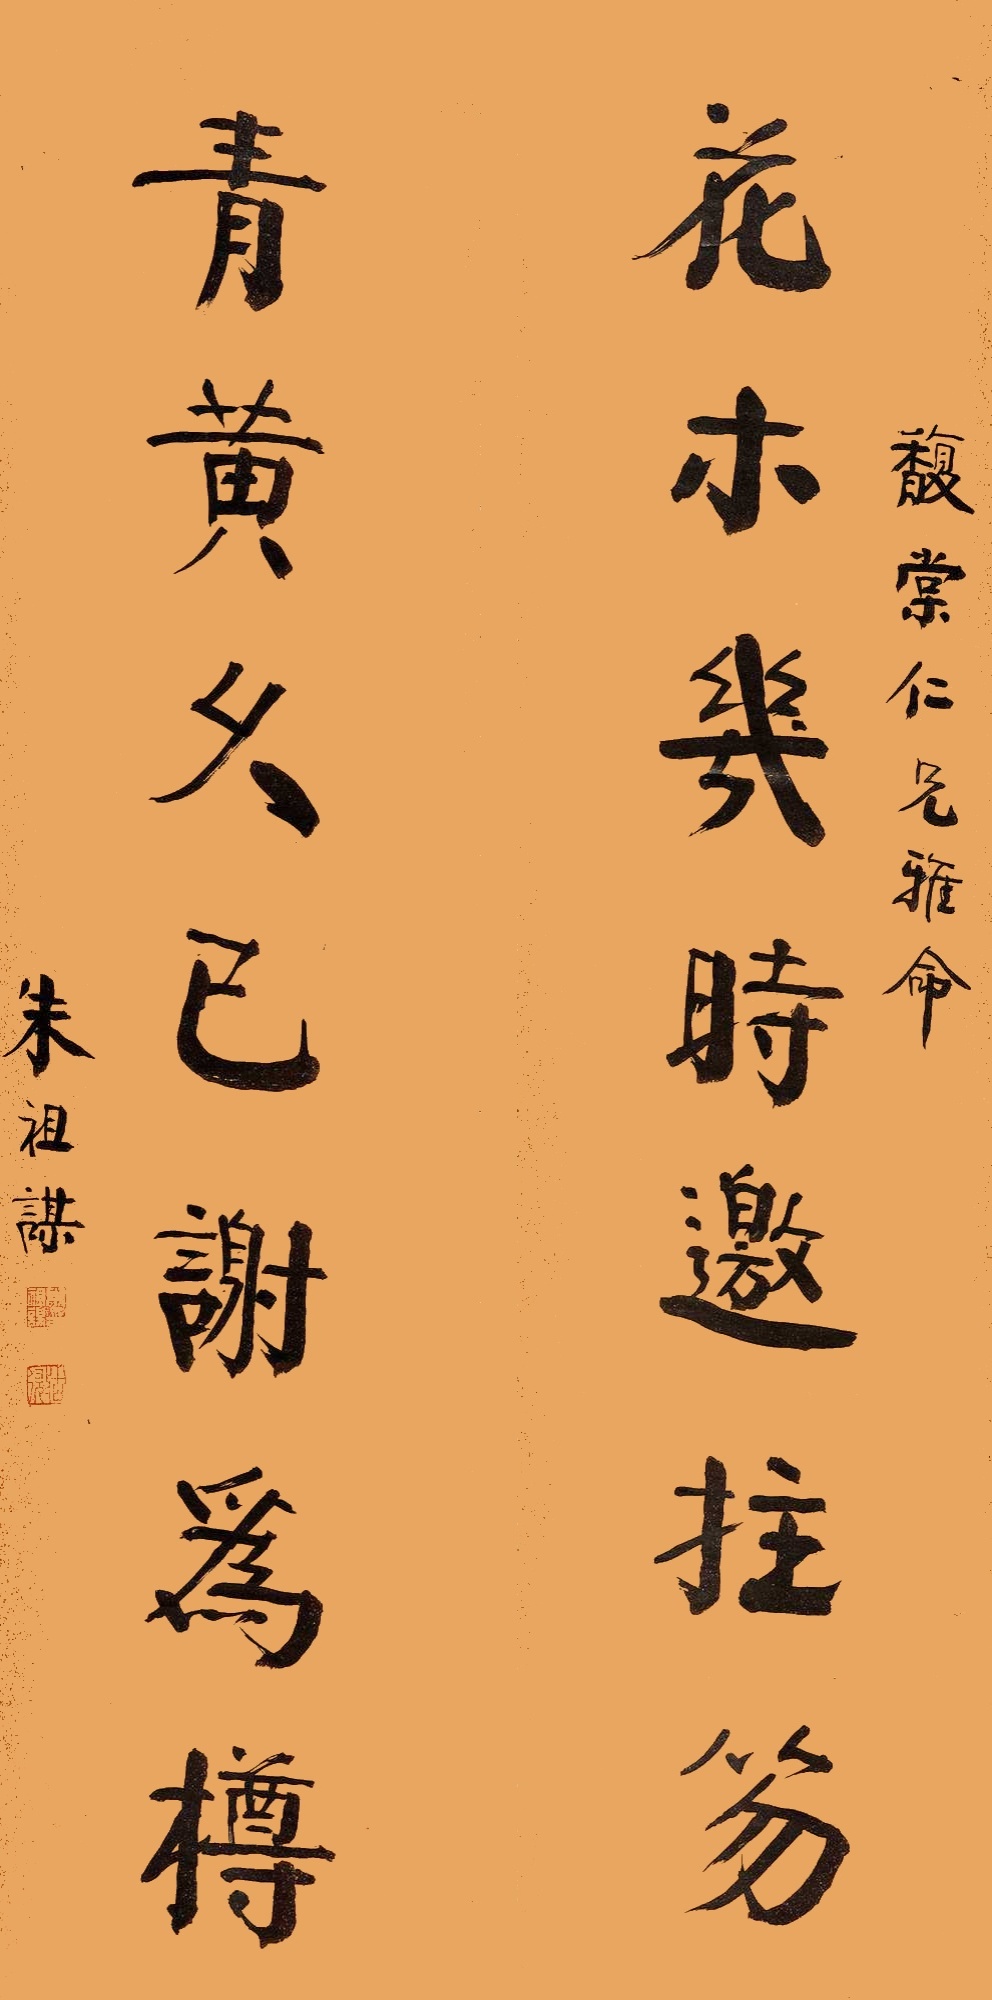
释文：花木几时邀拄笏，青黄久已谢为樽。馥棠仁兄雅命，朱祖谋。